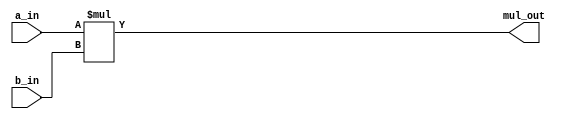
module multiplier (a_in, b_in, mul_out);

	parameter m=12;
	
	input [m-1:0] a_in, b_in;
	output [2*m-1:0] mul_out;
	
	assign mul_out = a_in * b_in;

endmodule